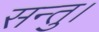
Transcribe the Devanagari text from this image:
सन्तु।